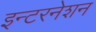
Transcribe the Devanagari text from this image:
इन्टरनेशन